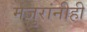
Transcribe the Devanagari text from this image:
मजुरांनीही